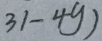
3 1 - 4 y )